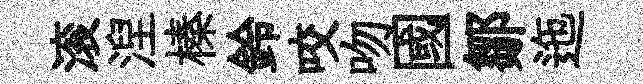
滚湼榛鈴咬吻國鄒迤